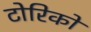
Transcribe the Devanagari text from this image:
टोरिको